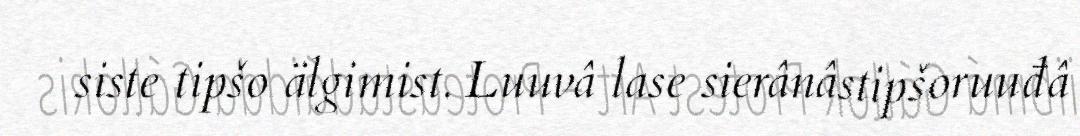
siste tipšo älgimist. Luuvâ lase sierânâstipšoruuđâ